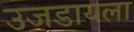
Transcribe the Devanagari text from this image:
उजडायला